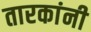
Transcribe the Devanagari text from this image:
तारकांनी